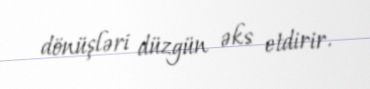
dönüşləri düzgün əks etdirir.